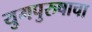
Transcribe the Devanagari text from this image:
युगपुरुषाचा